Scottish Leaving Certificate Examination, 1956
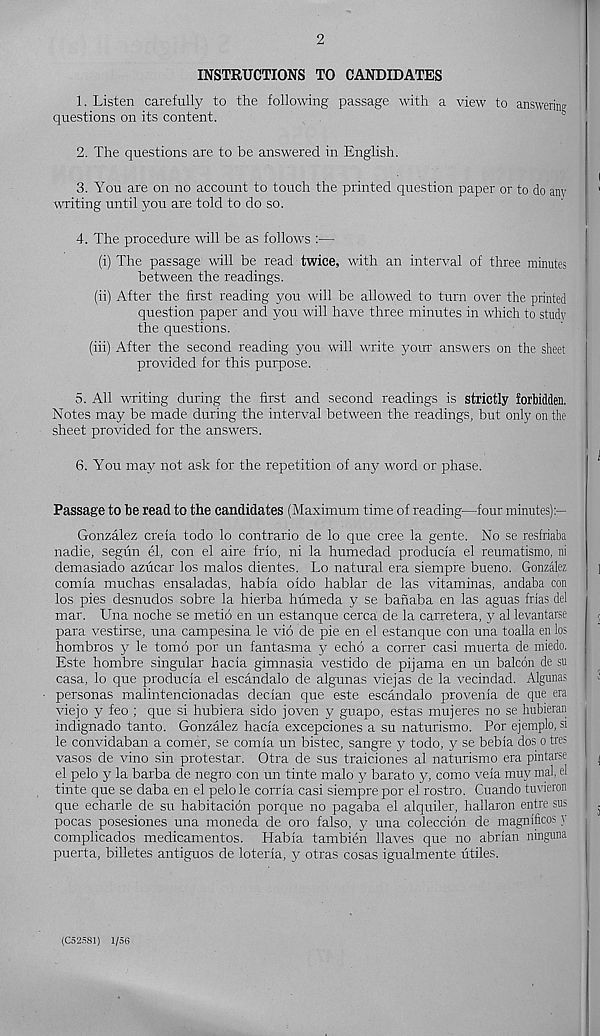
2
INSTRUCTIONS TO CANDIDATES
1. Listen carefully to the following passage with a view to answer®?
questions on its content.
2. The questions are to be answered in English.
3. You are on no account to touch the printed question paper or to do any
writing until jrou are told to do so.
4. The procedure will be as follows :—
(i) The passage will be read twice, with an interval of three minutes
between the readings.
(ii) After the first reading you will be allowed to turn over the printed
question paper and you will have three minutes in which to study
the questions.
(iii) After the second reading you will write your answers on the sheet
provided for this purpose.
5. All writing during the first and second readings is strictly forbidden.
Notes may be made during the interval between the readings, but only on the
sheet provided for the answers.
6. You may not ask for the repetition of any word or phase.
Passage to be read to the candidates (Maximum time of reading—four minutes):—
Gonzalez creia todo lo contrario de lo que cree la gente. No se resfriaba
nadie, segun el, con el aire frio, ni la humedad produda el reumatismo, ni
demasiado azucar los malos dientes. Lo natural era siempre bueno. Gonzalez
comia muchas ensaladas, habia oido hablar de las vitaminas, andaba con
los pies desnudos sobre la hierba humeda y se banaba en las aguas frias del
mar. Una noche se metid en un estanque cerca de la carretera, y al levantarse
para vestirse, una campesina le vio de pie en el estanque con una toalla en los
hombros y le tomb por un fantasma y echo a corner casi muerta de miedo.
Este hombre singular hacia gimnasia vestido de pijama en un balcon de su
casa, lo que producia el escandalo de algunas viejas de la vecindad. Algunas
personas malintencionadas decian que este escandalo provenia de que era
viejo y feo ; que si hubiera sido joven y guapo, estas mujeres no se hubieran
indignado tanto. Gonzalez hacia excepciones a su naturismo. Por ejemplo, si
le convidaban a comer, se comia un bistec, sangre y todo, y se bebia dos o tres
vasos de vino sin protestar. Otra de sus traiciones al naturismo era pintarse
el pelo y la barba de negro con un tinte malo y barato y, como veia muy mal, el
tinte que se daba en el pelo le corria casi siempre por el rostro. Cuando tuvieron
que echarle de su habitacion porque no pagaba el alquiler, hallaron entre sus
pocas posesiones una moneda de oro falso, y una coleccibn de magnificos y
complicados medicamentos. Habia tambien Haves que no abrian fiinguna
puerta, billetes antiguos de loteria, y otras cosas igualmente utiles.
(C525S1) 1/56